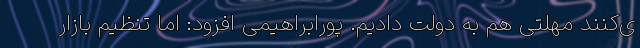
ی‌کنند مهلتی هم به دولت دادیم. پورابراهیمی افزود: اما تنظیم بازار